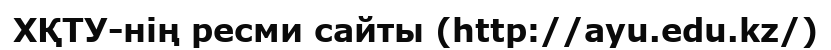
ХҚТУ-нің ресми сайты (http://ayu.edu.kz/)